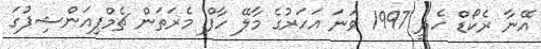
އޭނާ ރެކޯޑް ހެދީ 1997 ވަނަ އަހަރުގެ މާލޭ ހާފް މެރަތަން ޗެމްޕިއަންޝިޕުގަ